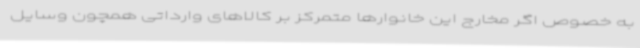
به خصوص اگر مخارج این خانوارها متمرکز بر کالاهای وارداتی همچون وسایل